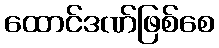
ထောင်ဒဏ်ဖြစ်စေ